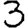
Digit: 3